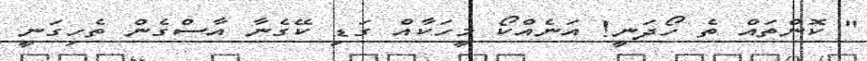
" ކޮންތައް ތެ ހޯދަނީ! އަނެއްކޯ މީހަކާއް ގަޑި ކޭގެނާ އާސްގެން ތެހިގަނީ